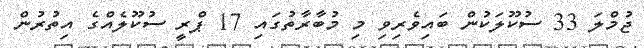
ޖުމްލަ 33 ސުކޫލަކުން ބައިވެރިވި މި މުބާރާތުގައި 17 ޕްރީ ސުކޫލެއްގެ އިތުރުން